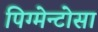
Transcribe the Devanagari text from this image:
पिग्मेन्टोसा